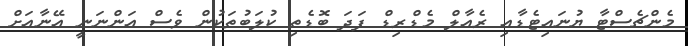
މެންޗެސްޓާ ޔުނައިޓެޑާއި ރެއާލް މެޑްރިޑް ފަދަ ބޮޑެތި ކުލަބުތަކުން ވެސް އަންނަނީ އޭނާއަށް